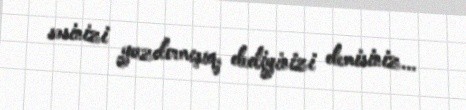
səsinizi yazdırmışıq, dediyinizi demisiniz...